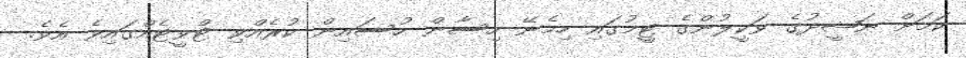
ކަމަށް ނަޝީދުގެ ވަކީލުންގެ ޓީމުގައި ހިމެނޭ ހިސާން ހުސައިން ކުރެއްވި ޓްވީޓެއްގައިވެ އެވެ.